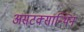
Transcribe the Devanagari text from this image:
असटक्सान्थिन